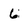
Character: 6